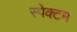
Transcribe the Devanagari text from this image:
स्पेक्टम